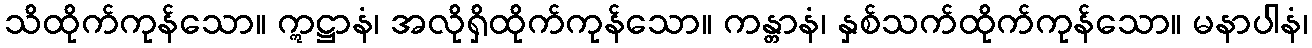
သိထိုက်ကုန်သော။ ဣဋ္ဌာနံ၊ အလိုရှိထိုက်ကုန်သော။ ကန္တာနံ၊ နှစ်သက်ထိုက်ကုန်သော။ မနာပါနံ၊